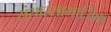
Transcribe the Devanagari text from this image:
संसारसामाजिक